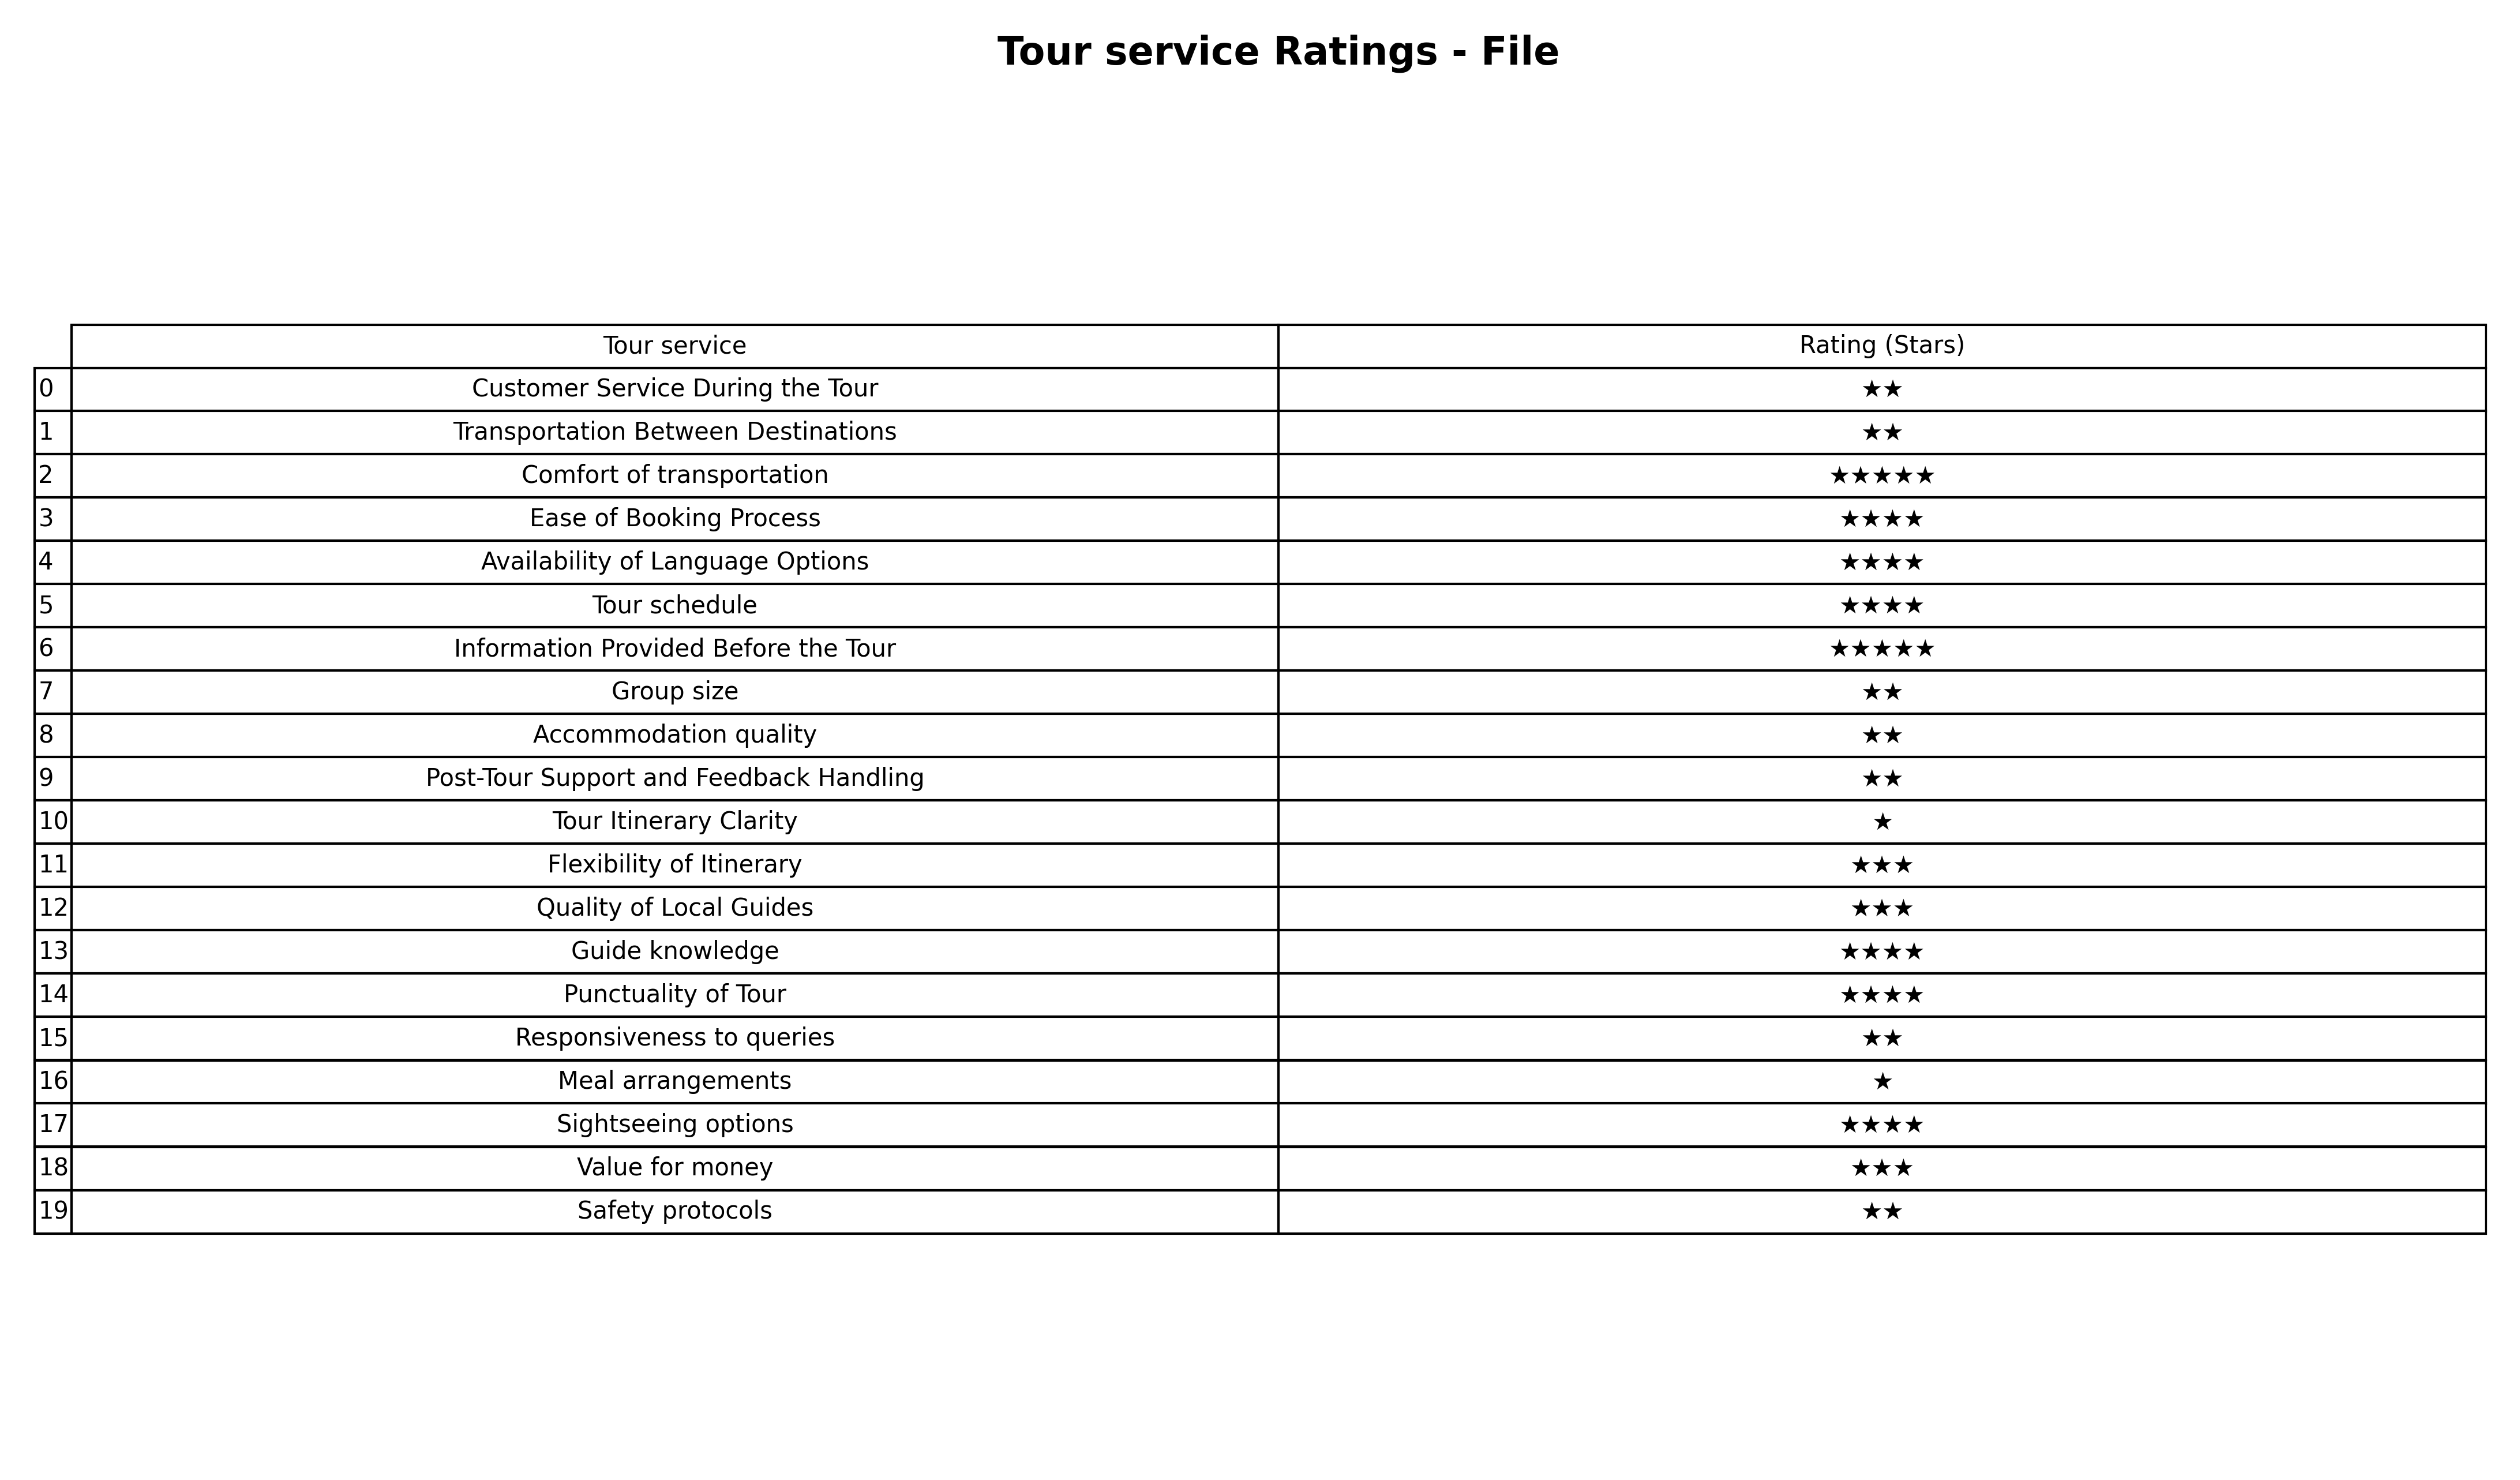
question: Which services are rated average?
answer: Flexibility of ItineraryQuality of Local GuidesValue for money